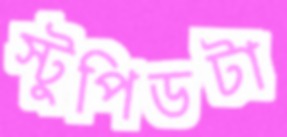
স্টুপিডটা